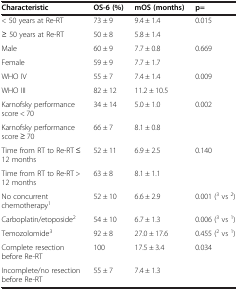
| Characteristic | OS-6 (%) | mOS (months) | p= |
 | --- | --- | --- | --- |
 | < 50 years at Re-RT | 73 ± 9 | 9.4 ± 1.4 | 0.015 |
 | ≥ 50 years at Re-RT | 50 ± 8 | 5.8 ± 1.4 |  |
 | Male | 60 ± 9 | 7.7 ± 0.8 | 0.669 |
 | Female | 59 ± 9 | 7.7 ± 1.7 |  |
 | WHO IV | 55 ± 7 | 7.4 ± 1.4 | 0.009 |
 | WHO III | 82 ± 12 | 11.2 ± 10.5 |  |
 | Karnofsky performance score < 70 | 34 ± 14 | 5.0 ± 1.0 | 0.002 |
 | Karnofsky performance score ≥ 70 | 66 ± 7 | 8.1 ± 0.8 |  |
 | Time from RT to Re-RT ≤ 12 months | 52 ± 11 | 6.9 ± 2.5 | 0.140 |
 | Time from RT to Re-RT > 12 months | 63 ± 8 | 8.1 ± 1.1 |  |
 | No concurrent chemotherapy1 | 52 ± 10 | 6.6 ± 2.9 | 0.001 (3 vs 2) |
 | Carboplatin/etoposide2 | 54 ± 10 | 6.7 ± 1.3 | 0.006 (3 vs 1) |
 | Temozolomide3 | 92 ± 8 | 27.0 ± 17.6 | 0.455 (2 vs 1) |
 | Complete resection before Re-RT | 100 | 17.5 ± 3.4 | 0.034 |
 | Incomplete/no resection before Re-RT | 55 ± 7 | 7.4 ± 1.3 |  |